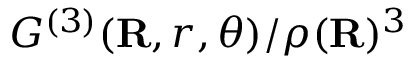
{ G ^ { ( 3 ) } } ( \mathbf { R } , r , \theta ) / \rho ( \mathbf { R } ) ^ { 3 }